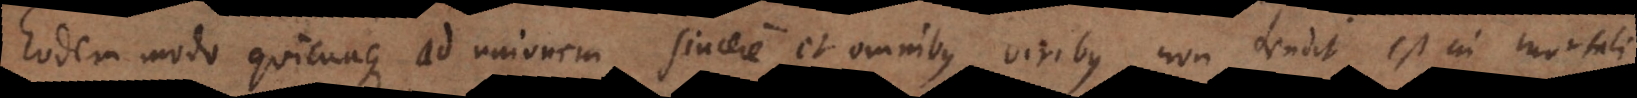
Eodem modo quicunque ad unionem sincere et omnibus viribus non tendit est in mortali.